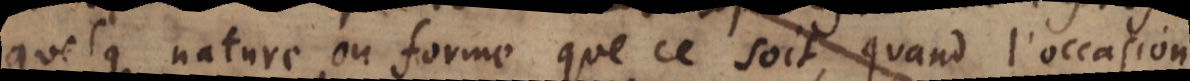
quelque nature ou forme que ce soit, quand l’occasion